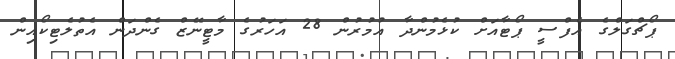
ޕޯޗްގަލްގެ އެފްސީ ޕޯޓާއަށް ކުޅެމުންދާ އުމުރުން 28 އަހަރުގެ މާޓީނޭޒް ގެންދަން އެތުލެޓިކޯއިން